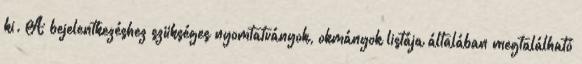
ki. A bejelentkezéshez szükséges nyomtatványok, okmányok listája általában megtalálható